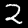
Label: 2